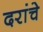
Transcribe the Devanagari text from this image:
दरांचे